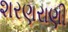
શરણરાણી